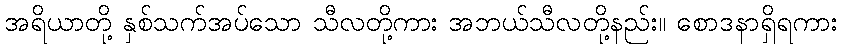
အရိယာတို့ နှစ်သက်အပ်သော သီလတို့ကား အဘယ်သီလတို့နည်း။ စောဒနာရှိရကား